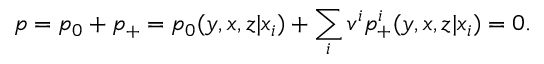
p = p _ { 0 } + p _ { + } = p _ { 0 } ( y , x , z | x _ { i } ) + \sum _ { i } v ^ { i } p _ { + } ^ { i } ( y , x , z | x _ { i } ) = 0 .